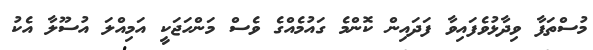
މުސްތަފާ ވިދާޅުވެފައިވާ ފަދައިން ކޮންމެ ގައުމެއްގެ ވެސް މަންހަޖަކީ އަމިއްލަ އުސޫލާ އެކު